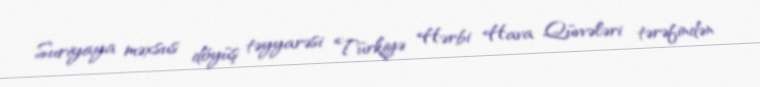
Suriyaya məxsus döyüş təyyarəsi Türkiyə Hərbi Hava Qüvvələri tərəfindən